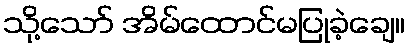
သို့သော် အိမ်ထောင်မပြုခဲ့ချေ။